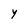
Character: Y